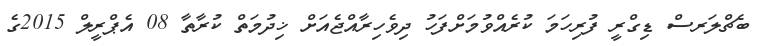
ބެޗްލަރސް ޑިގްރީ ފުރިހަމަ ކުރެއްވުމަށްފަހު ދިވެހިރާއްޖެއަށް ޚިދުމަތް ކުރާތާ 08 އެޕްރީލް 2015ގެ